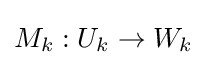
M_{k}:U_{k}\to W_{k}